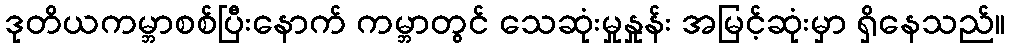
ဒုတိယကမ္ဘာစစ်ပြီးနောက် ကမ္ဘာတွင် သေဆုံးမှုနှုန်း အမြင့်ဆုံးမှာ ရှိနေသည်။